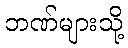
ဘဏ်များသို့